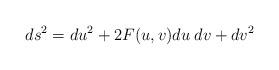
LaTeX: \begin{align*}ds^2=du^2+2 F(u,v) du \hspace{0.1cm} dv+dv^2\end{align*}